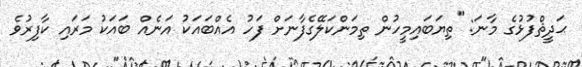
ޙަދީޘްފުޅުގެ މާނަ: "ތިޔަބައިމީހުން ތިމަންކަލޭގެފާނަށް ފަހު އެއްބައަކު އަނެއް ބައަކު މަރައި ކާފިރުވެ